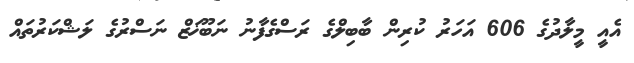
އެއީ މީލާދުގެ 606 އަހަރު ކުރިން ބާބިލްގެ ރަސްގެފާނު ނަބޫޚަޒް ނަސްރުގެ ލަޝްކަރުތައް